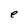
Character: e